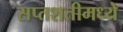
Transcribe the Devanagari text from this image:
सप्तशतीमध्ये